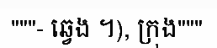
"""- ឆ្វេង ។), ក្រុង"""